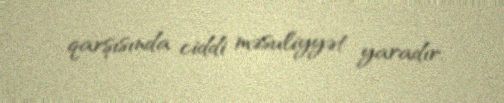
qarşısında ciddi məsuliyyət yaradır.